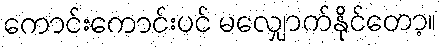
ကောင်းကောင်းပင် မလျှောက်နိုင်တော့။